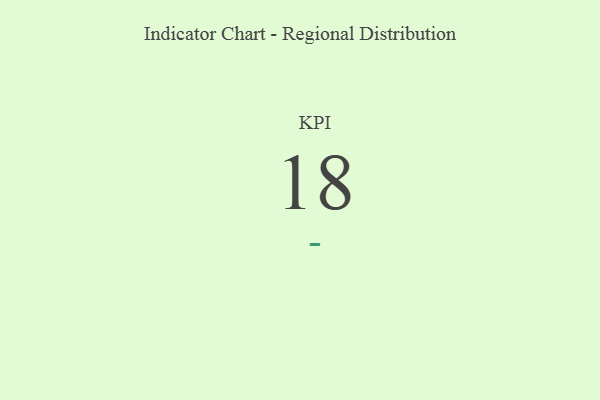
{"axis": {"x": "KPI", "y": "Value"}, "legend": [""], "data": [{"x": "KPI", "y": 18, "type": ""}]}